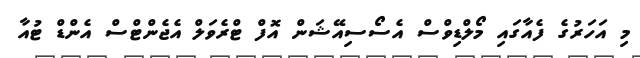
މި އަހަރުގެ ފެއާގައި މޯލްޑިވްސް އެސޯސިއޭޝަން އޮފް ޓްރެވަލް އެޖެންޓްސް އެންޑް ޓުއާ